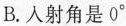
B.人射角是0^{\circ}